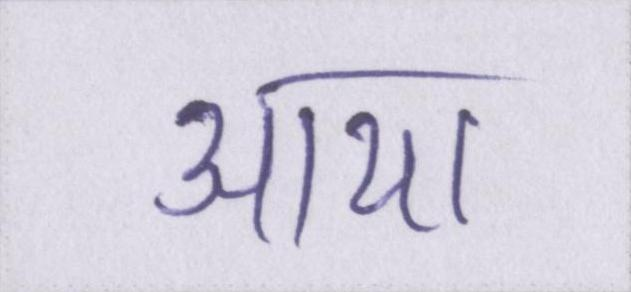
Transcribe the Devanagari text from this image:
आया